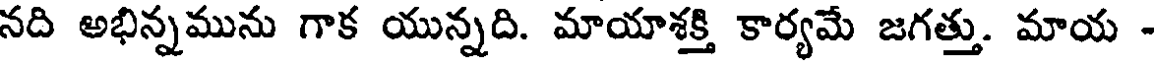
నది అభిన్నమును గాక యున్నది. మాయాశక్తి కార్యమే జగత్తు. మాయ -